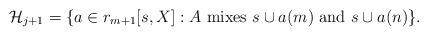
LaTeX: \begin{align*}\mathcal{H}_{j+1}=\{a\in r_{m+1}[s,X]: A \mathrm{\ mixes\ } s\cup a(m)\mathrm{\ and\ } s\cup a(n)\}.\end{align*}